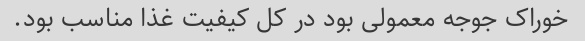
خوراک جوجه معمولی بود در کل کیفیت غذا مناسب بود.